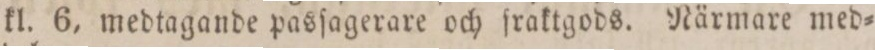
kl. 6, medtagande pasſagerare och fraktgods. Närmare med=